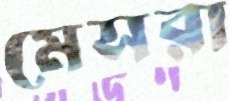
মেসরা